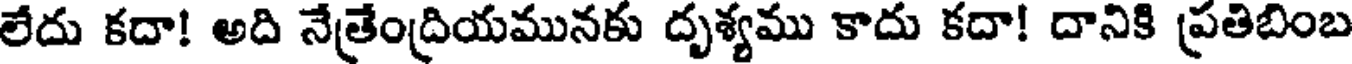
లేదు కదా! అది నేత్రేంద్రియమునకు దృశ్యము కాదు కదా! దానికి ప్రతిబింబ